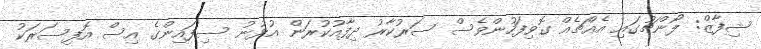
ޝިފާޒް: ލޯންޗުގައި އެއްޗެއް ގޮވިފަހުންވެސް ސަރުކާރު ދިފާއުކުރަން އުޅުނު ސިފައިންގެ އިސް އޮފިސަރަކު